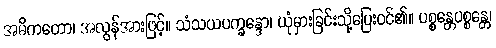
အဓိကတော၊ အလွန်အားဖြင့်။ သံသယပက္ခန္ဒော၊ ယုံမှားခြင်းသို့ပြေးဝင်၏။ ပစ္စန္တေပစ္စန္တေ၊